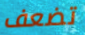
تضعف